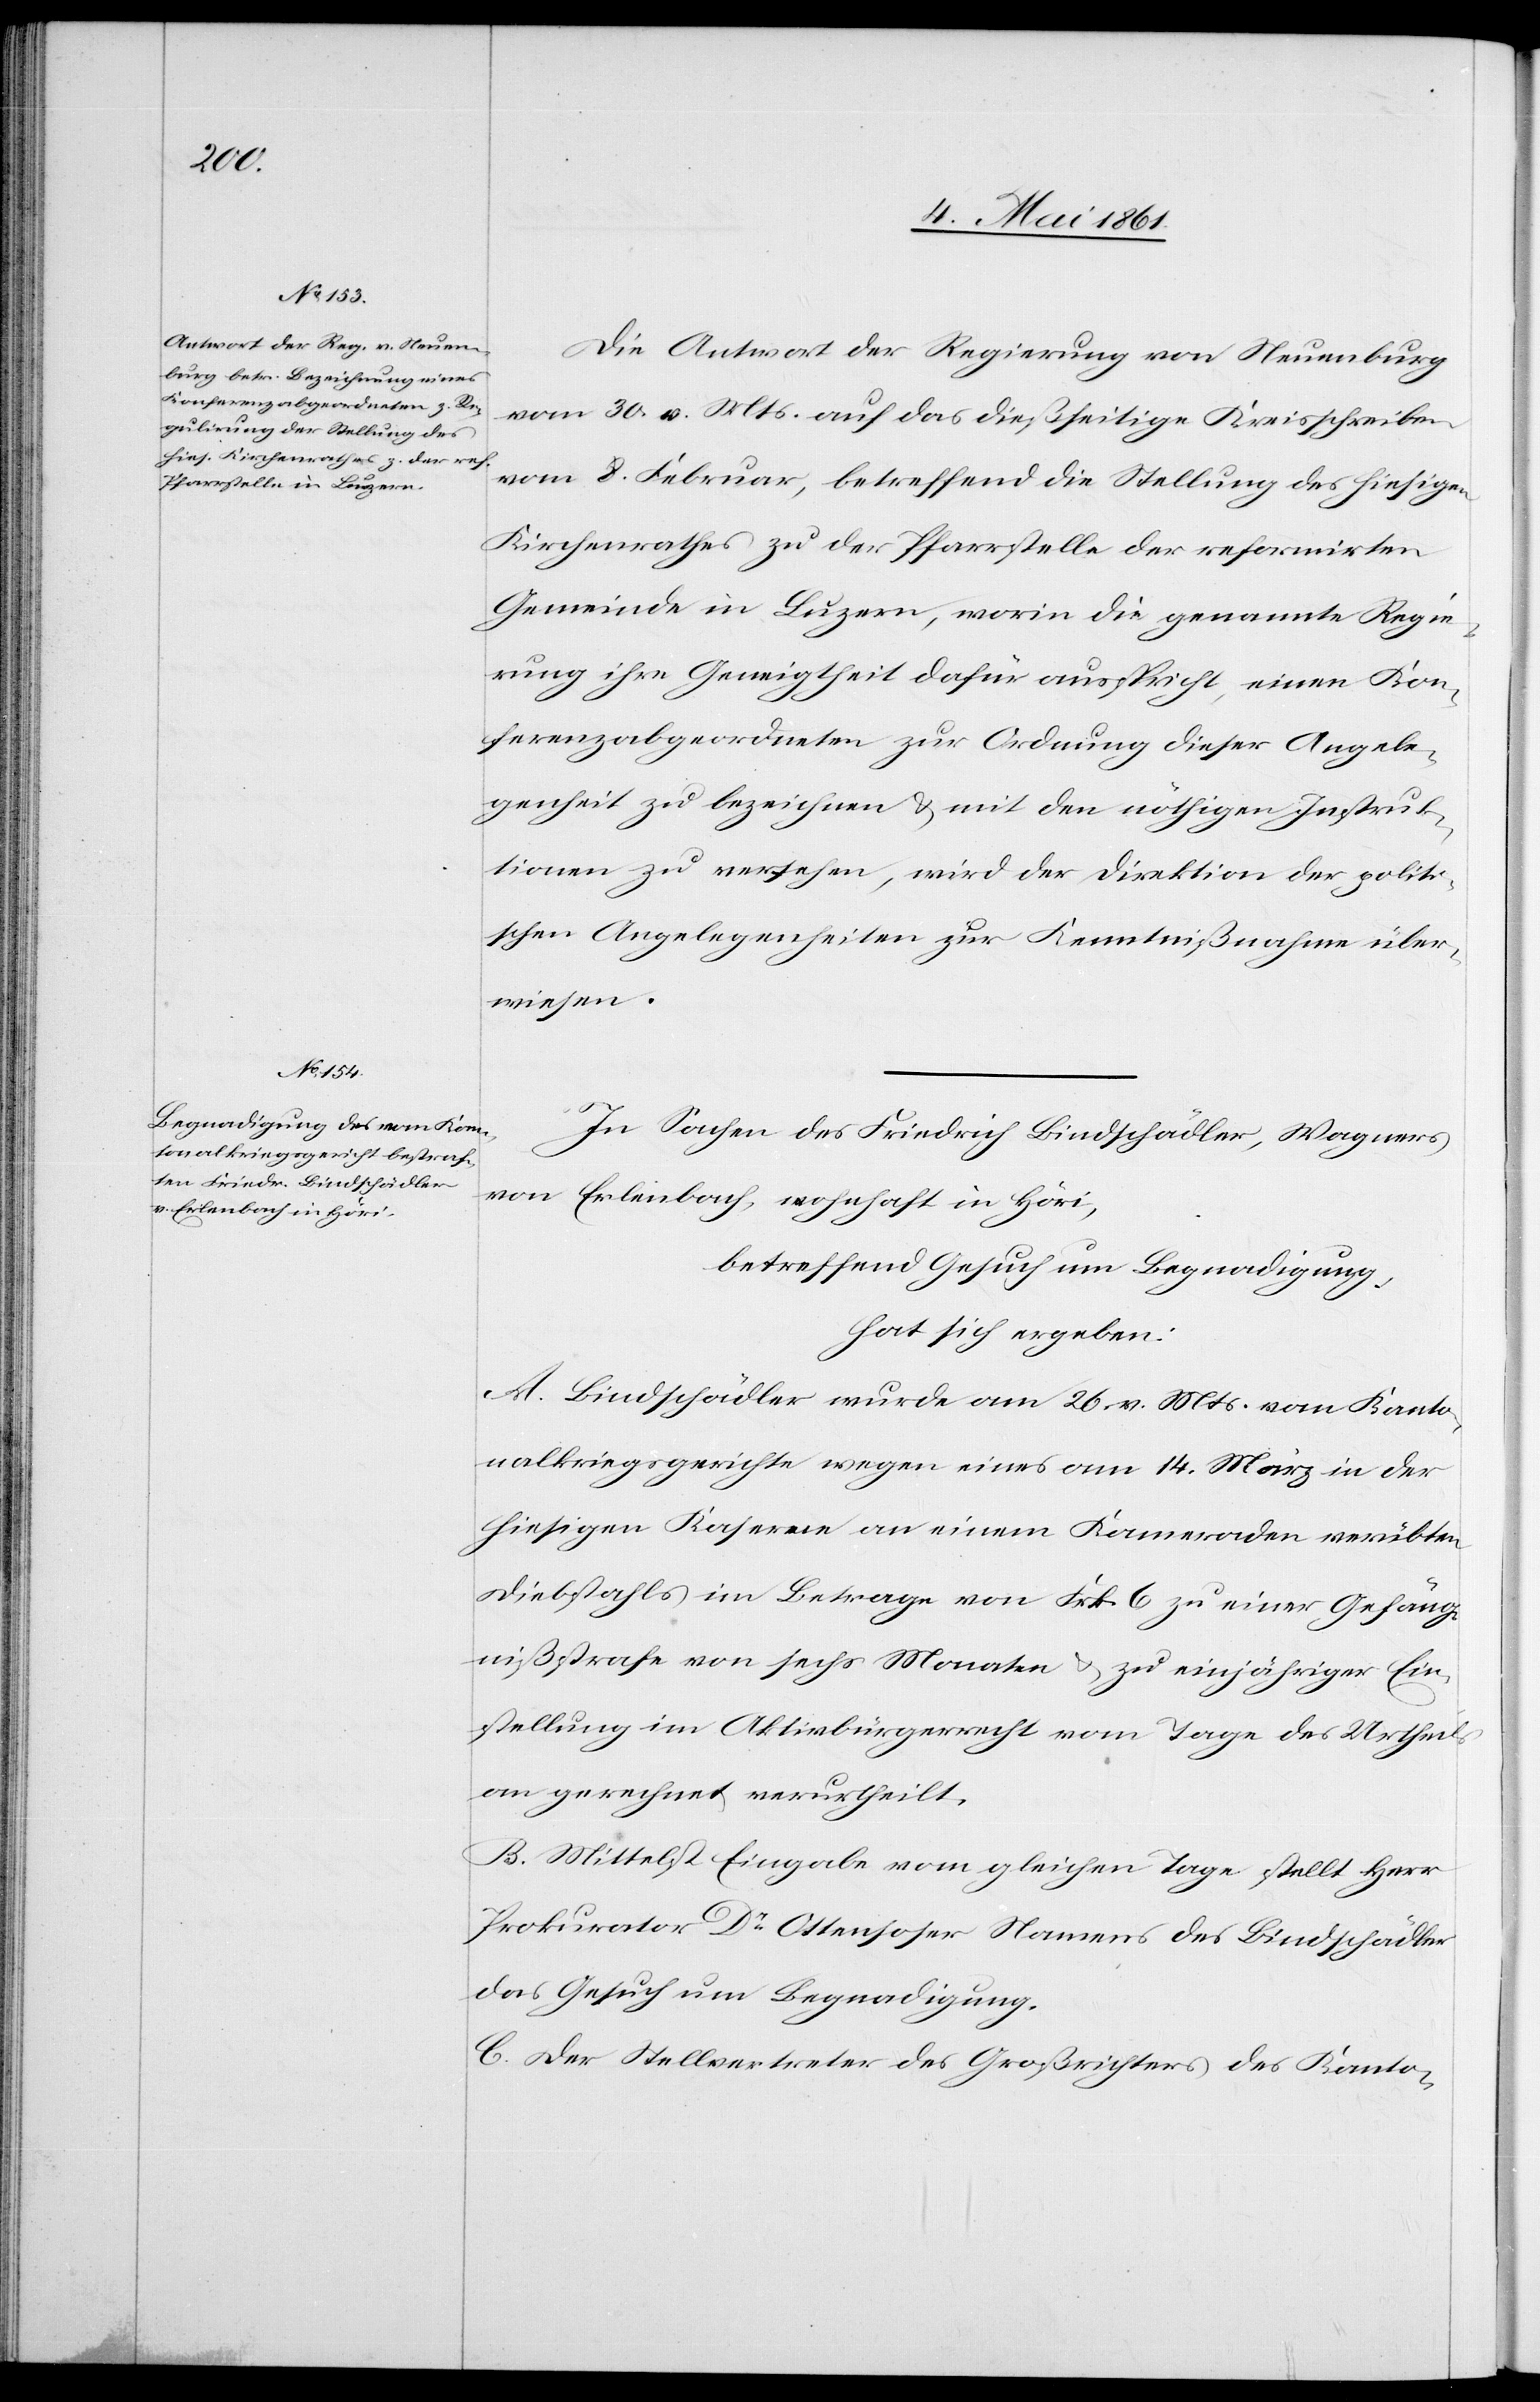
Die Antwort der Regierung von Neuenburg
vom 30. v. Mts. auf das dießseitige Kreisschreiben
vom 8. Februar, betreffend die Stellung des hiesigen
Kirchenrathes zu der Pfarrstelle der reformirten
Gemeinde in Luzern, worin die genannte Regie¬
rung ihre Geneigtheit dafür ausspricht, einen Kon¬
ferenzabgeordneten zur Ordnung dieser Angele¬
genheit zu bezeichnen u. mit den nöthigen Instruk¬
tionen zu versehen, wird der Direktion der politi¬
schen Angelegenheiten zur Kenntnißnahme über¬
wiesen.
In Sachen des Friedrich Bindschädler, Wagners
von Erlenbach, wohnhaft in Höri,
betreffend Gesuch um Begnadigung,
hat sich ergeben:
A. Bindschädler wurde am 26. v. Mts. vom Kanto¬
nalkriegsgerichte wegen eines am 14. März in der
hiesigen Kaserne an einem Kameraden verübten
Diebstahls im Betrage von Frk. 6 zu einer Gefäng¬
nißstrafe von sechs Monaten u. zu einjähriger Ein¬
stellung im Aktivbürgerrecht vom Tage des Urtheils
an gerechnet verurtheilt.
B. Mittelst Eingabe vom gleichen Tage stellt Herr
Prokurator Dr. Ottensoser Namens des Bindschädler
das Gesuch um Begnadigung.
C. Der Stellvertreter des Großrichters des Kanto-